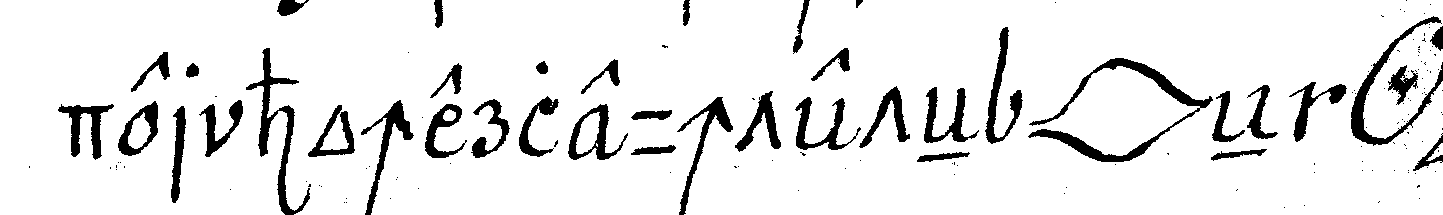
der hocherleuchte *lip* eN *o*